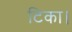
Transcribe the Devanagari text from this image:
टिका।